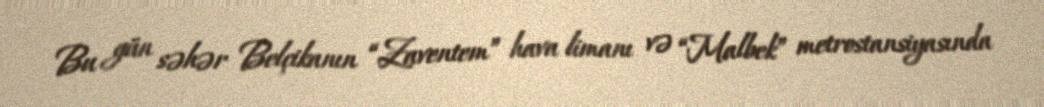
Bu gün səhər Belçikanın “Zaventem” hava limanı və “Malbek” metrostansiyasında